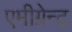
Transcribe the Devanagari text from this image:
एमीग्रेन्ट